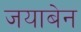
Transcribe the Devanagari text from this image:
जयाबेन